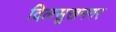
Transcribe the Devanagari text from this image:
दिलसुखनगर